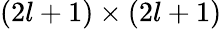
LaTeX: (2l+1)\times(2l+1)